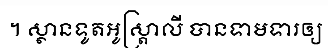
។ ស្ថានទូតអូស្ត្រាលី បានទាមទារឲ្យ